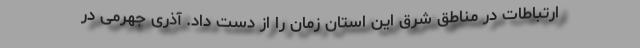
ارتباطات در مناطق شرق این استان زمان را از دست داد. آذری جهرمی در